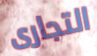
التجارى